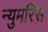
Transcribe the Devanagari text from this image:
न्युमरिस